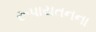
રૂપાયતનના